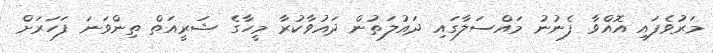
މަރުވެފައި އޮއްވާ ފެނުނު މައްސަލާގައި ދައުލަތުން ދައުވާކުރާ މީހާގެ ޝަރީއަތް ތިންވަނަ ފަހަރަށް